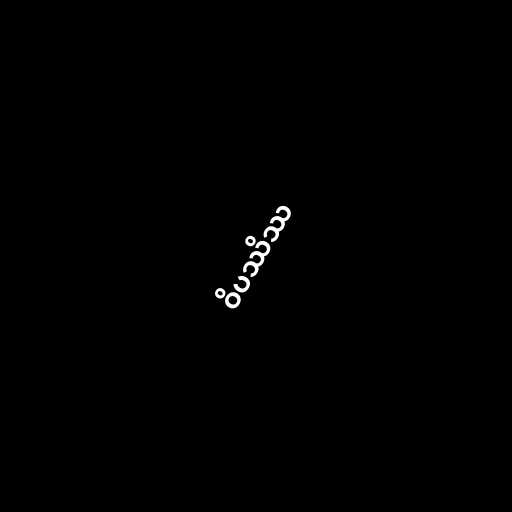
ဝိပဿိဿ